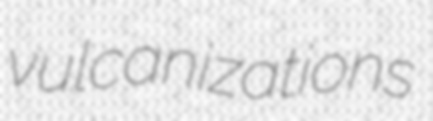
vulcanizations